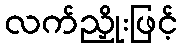
လက်ညှိုးဖြင့်